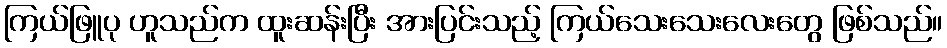
ကြယ်ဖြူပု ဟူသည်က ထူးဆန်းပြီး အားပြင်းသည့် ကြယ်သေးသေးလေးတွေ ဖြစ်သည်။